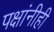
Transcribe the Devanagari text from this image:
पक्षांनीही